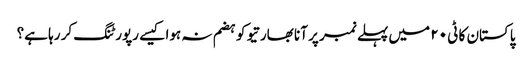
پاکستان کا ٹی ٢٠ میں پہلے نمبر پر آنا بھارتیو کو ہضم نہ ہوا کیسے رپورٹنگ کر رہا ہے؟